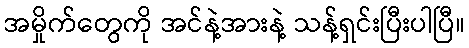
အမှိုက်တွေကို အင်နဲ့အားနဲ့ သန့်ရှင်းပြီးပါပြီ။